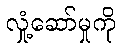
လှုံ့ဆော်မှုကို